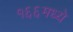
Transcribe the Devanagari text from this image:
१६६मध्ये